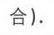
合).